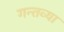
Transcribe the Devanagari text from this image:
गन्तव्या